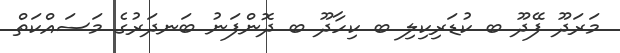
މަރަދޫ ފޭދޫ ބ ކުޑަރިކިލި ބ ކިހާދޫ ބ ދޮންފަނު ބަނދަރުގެ މަސައްކަތް